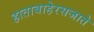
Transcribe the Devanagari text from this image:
हाताबाहेरसजाते